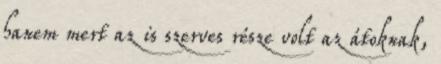
hanem mert az is szerves része volt az átoknak,